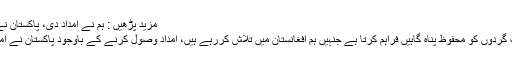
مزید پڑھیں : ہم نے امداد دی، پاکستان نے دھوکا دیا، اب ایسا نہیں ہوگا: امریکی صدر
امریکی صدر کا کہنا تھا کہ پاکستان ان دہشت گردوں کو محفوظ پناہ گاہیں فراہم کرتا ہے جنہیں ہم افغانستان میں تلاش کررہے ہیں، امداد وصول کرنے کے باوجود پاکستان نے امریکا سے جھوٹ بولا لیکن اب ایسا نہیں ہوگا۔